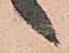
ヽ